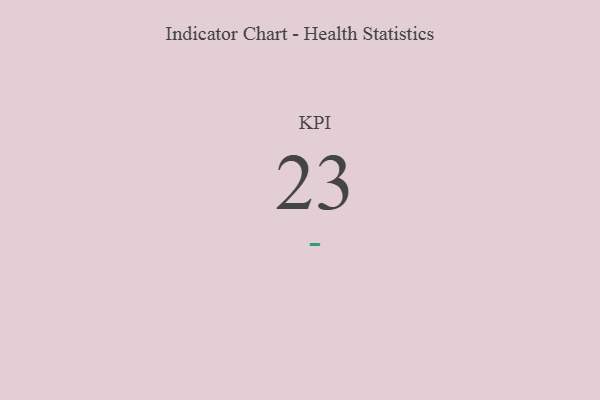
{"axis": {"x": "KPI", "y": "Value"}, "legend": [""], "data": [{"x": "KPI", "y": 23, "type": ""}]}